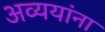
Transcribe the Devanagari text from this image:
अव्ययांना